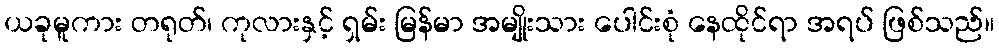
ယခုမူကား တရုတ်၊ ကုလားနှင့် ရှမ်း မြန်မာ အမျိုးသား ပေါင်းစုံ နေထိုင်ရာ အရပ် ဖြစ်သည်။